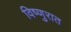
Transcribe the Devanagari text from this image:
विष्णुरात